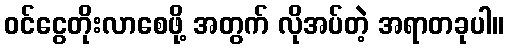
ဝင်ငွေတိုးလာစေဖို့ အတွက် လိုအပ်တဲ့ အရာတခုပါ။